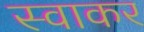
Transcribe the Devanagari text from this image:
स्वाकर